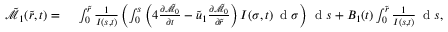
\begin{array} { r l } { \tilde { \mathcal { M } } _ { 1 } ( \tilde { r } , t ) = } & { { } \; \int _ { 0 } ^ { \tilde { r } } \frac { 1 } { I ( s , t ) } \left( \int _ { 0 } ^ { s } \left( 4 \frac { \partial \tilde { \mathcal { M } } _ { 0 } } { \partial t } - \tilde { u } _ { 1 } \frac { \partial \tilde { \mathcal { M } } _ { 0 } } { \partial \tilde { r } } \right) I ( \sigma , t ) \, \mathrm { ~ d ~ } \sigma \right) \, \mathrm { ~ d ~ } s + B _ { 1 } ( t ) \int _ { 0 } ^ { \tilde { r } } \frac { 1 } { I ( s , t ) } \, \mathrm { ~ d ~ } s , } \end{array}